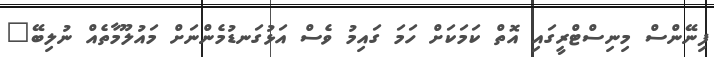
ފިނޭންސް މިނިސްޓްރީގައި އޮތް ކަމަކަށް ހަމަ ގައިމު ވެސް އަޅުގަނޑުމެންނަށް މައުލޫމާތެއް ނުލިބޭ"